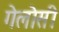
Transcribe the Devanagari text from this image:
गेलोसी